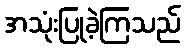
အသုံးပြုခဲ့ကြသည်